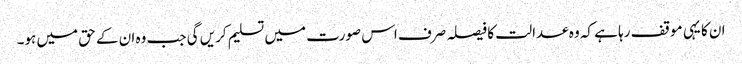
ان کا یہی موقف رہا ہے کہ وہ عدالت کا فیصلہ صرف اس صورت میں تسلیم کریں گی جب وہ ان کے حق میں ہو۔